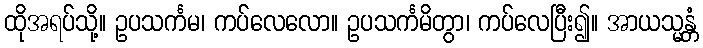
ထိုအရပ်သို့။ ဥပသင်္ကမ၊ ကပ်လေလော။ ဥပသင်္ကမိတွာ၊ ကပ်လေပြီး၍။ အာယသ္မန္တံ